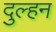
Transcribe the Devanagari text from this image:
दुल्‍हन